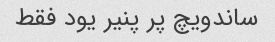
ساندویچ پر پنیر یود فقط